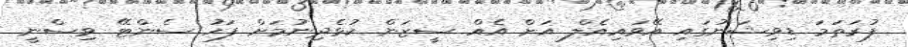
ފުރަތަމަ ޑިވިޝަނުގައި އޭވައިއެލް އަށް އެއް ސީޒަން ކުޅެދިނުމަށް ފަހު ސެންޓޭ ވިސްނީ